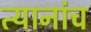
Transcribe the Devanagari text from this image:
त्यानांच